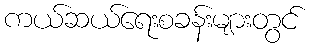
ကယ်ဆယ်ရေးစခန်းများတွင်